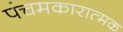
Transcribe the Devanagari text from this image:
पंचमकारात्मक